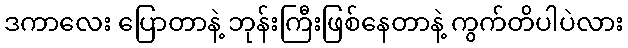
ဒကာလေး ပြောတာနဲ့ ဘုန်းကြီးဖြစ်နေတာနဲ့ ကွက်တိပါပဲလား